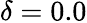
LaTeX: \delta=0.0